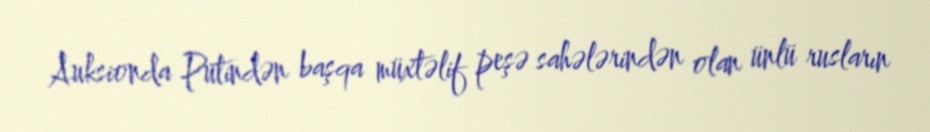
Auksionda Putindən başqa müxtəlif peşə sahələrindən olan ünlü rusların